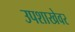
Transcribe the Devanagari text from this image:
उपशाखेवर